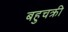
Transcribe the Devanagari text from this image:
बहुचक्री